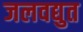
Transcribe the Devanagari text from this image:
जलवद्युत